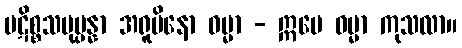
ပဋိစ္စသမုပ္ပန္နာ အရူပိနော ဓမ္မာ - ဣမေ ဓမ္မာ ကုသလာ။